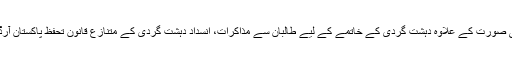
ملاقات کے دوران وفود کی سطح پر اور بعد میں الگ الگ ملاقات میں ملک کی سیاسی و سلامتی کی صورت کے علاوہ دہشت گردی کے خاتمے کے لیے طالبان سے مذاکرات، انسداد دہشت گردی کے متنازع قانون تحفظ پاکستان آرڈیننس کے علاوہ کراچی میں جرائم پیشہ عناصر کے خلاف جاری آپریشن پر بھی تبادلہ خیال کیا گیا۔